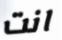
انت